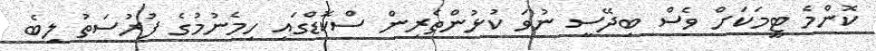
ކޮންމެ ޓީމަކަށް ވެސް ބިދޭސީ ނުވަ ކުޅުންތެރިން ސްކޮޑްގައި ހިމެނުމުގެ ފުރުސަތު ލިބެ